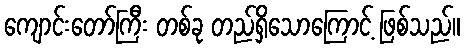
ကျောင်းတော်ကြီး တစ်ခု တည်ရှိသောကြောင့် ဖြစ်သည်။